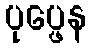
ပုပ္ဖေန